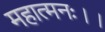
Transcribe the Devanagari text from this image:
महात्मनः।।